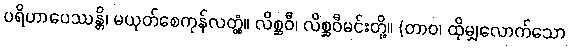
ပရိဟာပေဿန္တိ၊ မယုတ်စေကုန်လတ္တံ့။ လိစ္ဆဝီ၊ လိစ္ဆဝီမင်းတို့။ (တာဝ၊ ထိုမျှလောက်သော